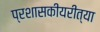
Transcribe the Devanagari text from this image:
प्रशासकीयरीत्या